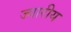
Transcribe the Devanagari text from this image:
ज्‍वारीय